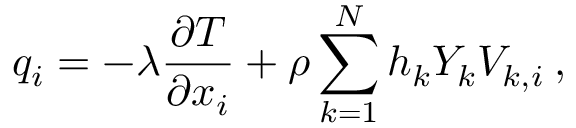
q _ { i } = - \lambda \frac { \partial T } { \partial x _ { i } } + \rho \sum _ { k = 1 } ^ { N } h _ { k } Y _ { k } V _ { k , i } \: ,